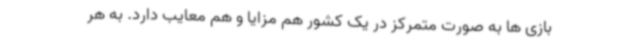
بازی ها به صورت متمرکز در یک کشور هم مزایا و هم معایب دارد. به هر